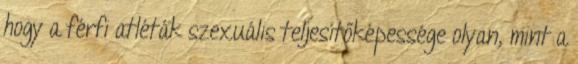
hogy a férfi atléták szexuális teljesítőképessége olyan, mint a